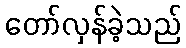
တော်လှန်ခဲ့သည်